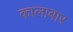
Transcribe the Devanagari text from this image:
कालाबार